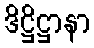
ဒိဋ္ဌိဋ္ဌာနာ